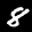
Label: 8